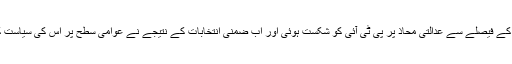
جوڈیشل کمیشن کے فیصلے سے عدالتی محاذ پر پی ٹی آئی کو شکست ہوئی اور اب ضمنی انتخابات کے نتیجے نے عوامی سطح پر اس کی سیاست کو مسترد کردیا۔